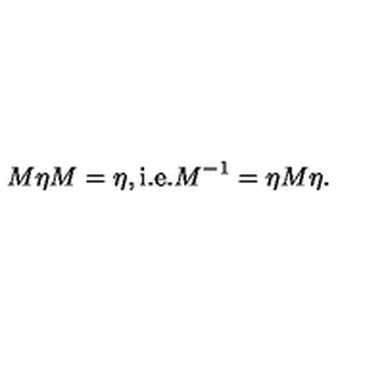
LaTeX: M \eta M = \eta , \mathrm { i . e . } M ^ { - 1 } = \eta M \eta .